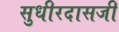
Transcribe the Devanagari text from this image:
सुधीरदासजी